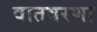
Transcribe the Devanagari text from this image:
वातवरणा